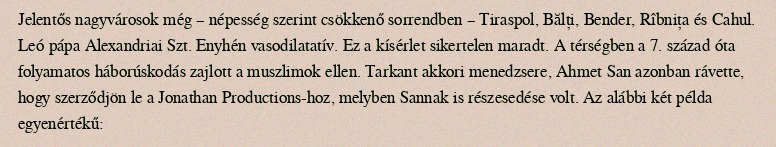
Jelentős nagyvárosok még – népesség szerint csökkenő sorrendben – Tiraspol, Bălți, Bender, Rîbnița és Cahul. Leó pápa Alexandriai Szt. Enyhén vasodilatatív. Ez a kísérlet sikertelen maradt. A térségben a 7. század óta folyamatos háborúskodás zajlott a muszlimok ellen. Tarkant akkori menedzsere, Ahmet San azonban rávette, hogy szerződjön le a Jonathan Productions-hoz, melyben Sannak is részesedése volt. Az alábbi két példa egyenértékű: